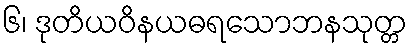
၆၊ ဒုတိယဝိနယဓရသောဘနသုတ္တ